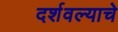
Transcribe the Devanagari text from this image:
दर्शवल्याचे